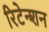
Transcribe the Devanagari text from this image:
रिटेन्शन